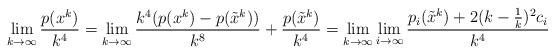
LaTeX: \begin{align*}\lim_{k \to \infty} \frac{p(x^k)}{k^4} = \lim_{k \to \infty} \frac{k^4(p(x^k)-p(\tilde x^k))}{k^8} + \frac{p(\tilde x^k)}{k^4} =\lim_{k \to \infty} \lim_{i \to \infty} \frac{p_i(\tilde x^k) + 2(k-\frac{1}{k})^2c_i}{k^4}\end{align*}